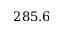
2 8 5 . 6